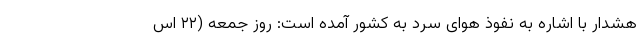
هشدار با اشاره به نفوذ هوای سرد به کشور آمده است: روز جمعه (۲۲ اس